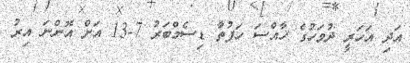
އަދި އަހަރީ ދުވަހުގެ ޚާއްސަ ހަފުތާ ޑިސެމްބަރު 7-13 އަށް އޮންނަ އިރު